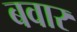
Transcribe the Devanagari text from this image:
बवार